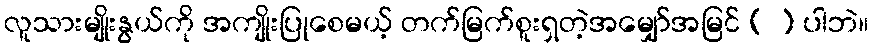
လူသားမျိုးနွယ်ကို အကျိုးပြုစေမယ့် တက်မြက်စူးရှတဲ့အမျှော်အမြင် ( ) ပါဘဲ။